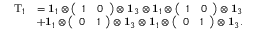
\begin{array} { r l } { \mathrm { T } _ { 1 } } & { = \mathbf { 1 } _ { 1 } \otimes \left( \begin{array} { l l } { 1 } & { 0 } \end{array} \right) \otimes \mathbf { 1 } _ { 3 } \otimes \mathbf { 1 } _ { 1 } \otimes \left( \begin{array} { l l } { 1 } & { 0 } \end{array} \right) \otimes \mathbf { 1 } _ { 3 } } \\ & { + \mathbf { 1 } _ { 1 } \otimes \left( \begin{array} { l l } { 0 } & { 1 } \end{array} \right) \otimes \mathbf { 1 } _ { 3 } \otimes \mathbf { 1 } _ { 1 } \otimes \left( \begin{array} { l l } { 0 } & { 1 } \end{array} \right) \otimes \mathbf { 1 } _ { 3 } . } \end{array}